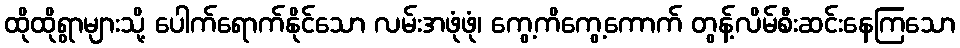
ထိုထိုရွာများသို့ ပေါက်ရောက်နိုင်သော လမ်းအဖုံဖုံ၊ ကွေ့ကိကွေ့ကောက် တွန့်လိမ်စီးဆင်းနေကြသော